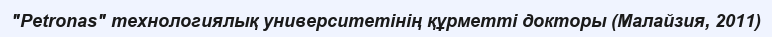
"Petronas" технологиялық университетінің құрметті докторы (Малайзия, 2011)